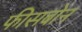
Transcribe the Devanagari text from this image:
फीसबोन